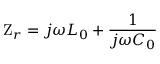
\mathrm { Z } _ { r } = j \omega L _ { 0 } + \frac { 1 } { j \omega C _ { 0 } }